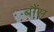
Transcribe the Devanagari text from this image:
बौंस